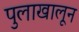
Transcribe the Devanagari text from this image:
पुलाखालून